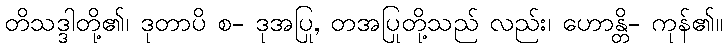
တိသဒ္ဒါတို့၏၊ ဒုတာပိ စ- ဒုအပြု, တအပြုတို့သည် လည်း၊ ဟောန္တိ- ကုန်၏။